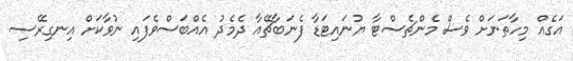
އަގެއް މިހާތަނަށް ވެސް މެންޗެސްޓާ ޔުނައިޓަޑާ ފެނަބާޗޭއާ ދެމެދު އެއްބަސްވެފައި ނުވާކަށް އިނގިރޭސި